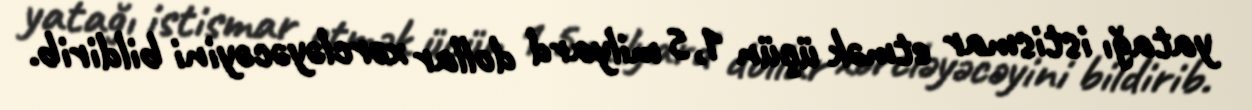
yatağı istismar etmək üçün 1,5 milyard dollar xərcləyəcəyini bildirib.